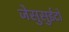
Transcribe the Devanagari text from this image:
जेसुसुईटों